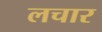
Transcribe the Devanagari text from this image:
लचार